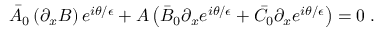
\bar { A } _ { 0 } \left( \partial _ { x } B \right) e ^ { i \theta / { \epsilon } } + A \left( \bar { B } _ { 0 } \partial _ { x } e ^ { i \theta / { \epsilon } } + \bar { C } _ { 0 } \partial _ { x } e ^ { i \theta / { \epsilon } } \right) = 0 \; .